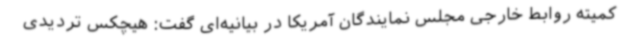
کمیته روابط خارجی مجلس نمایندگان آمریکا در بیانیه‌ای گفت: هیچکس تردیدی